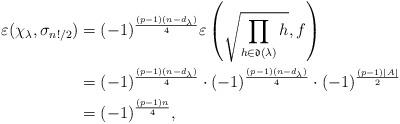
LaTeX: \begin{align*}\varepsilon(\chi_{\lambda},\sigma_{n!/2})&=(-1)^{\frac{(p-1)(n-d_{\lambda})}4}\varepsilon\left(\sqrt{\prod_{h\in{\mathfrak{d}(\lambda)}}h},f\right)\\&=(-1)^{\frac{(p-1)(n-d_{\lambda})}4}\cdot(-1)^{\frac{(p-1)(n-d_{\lambda})}4}\cdot(-1)^{\frac{(p-1)|A_{}|}2}\\&=(-1)^{\frac{(p-1)n}{4}},\end{align*}